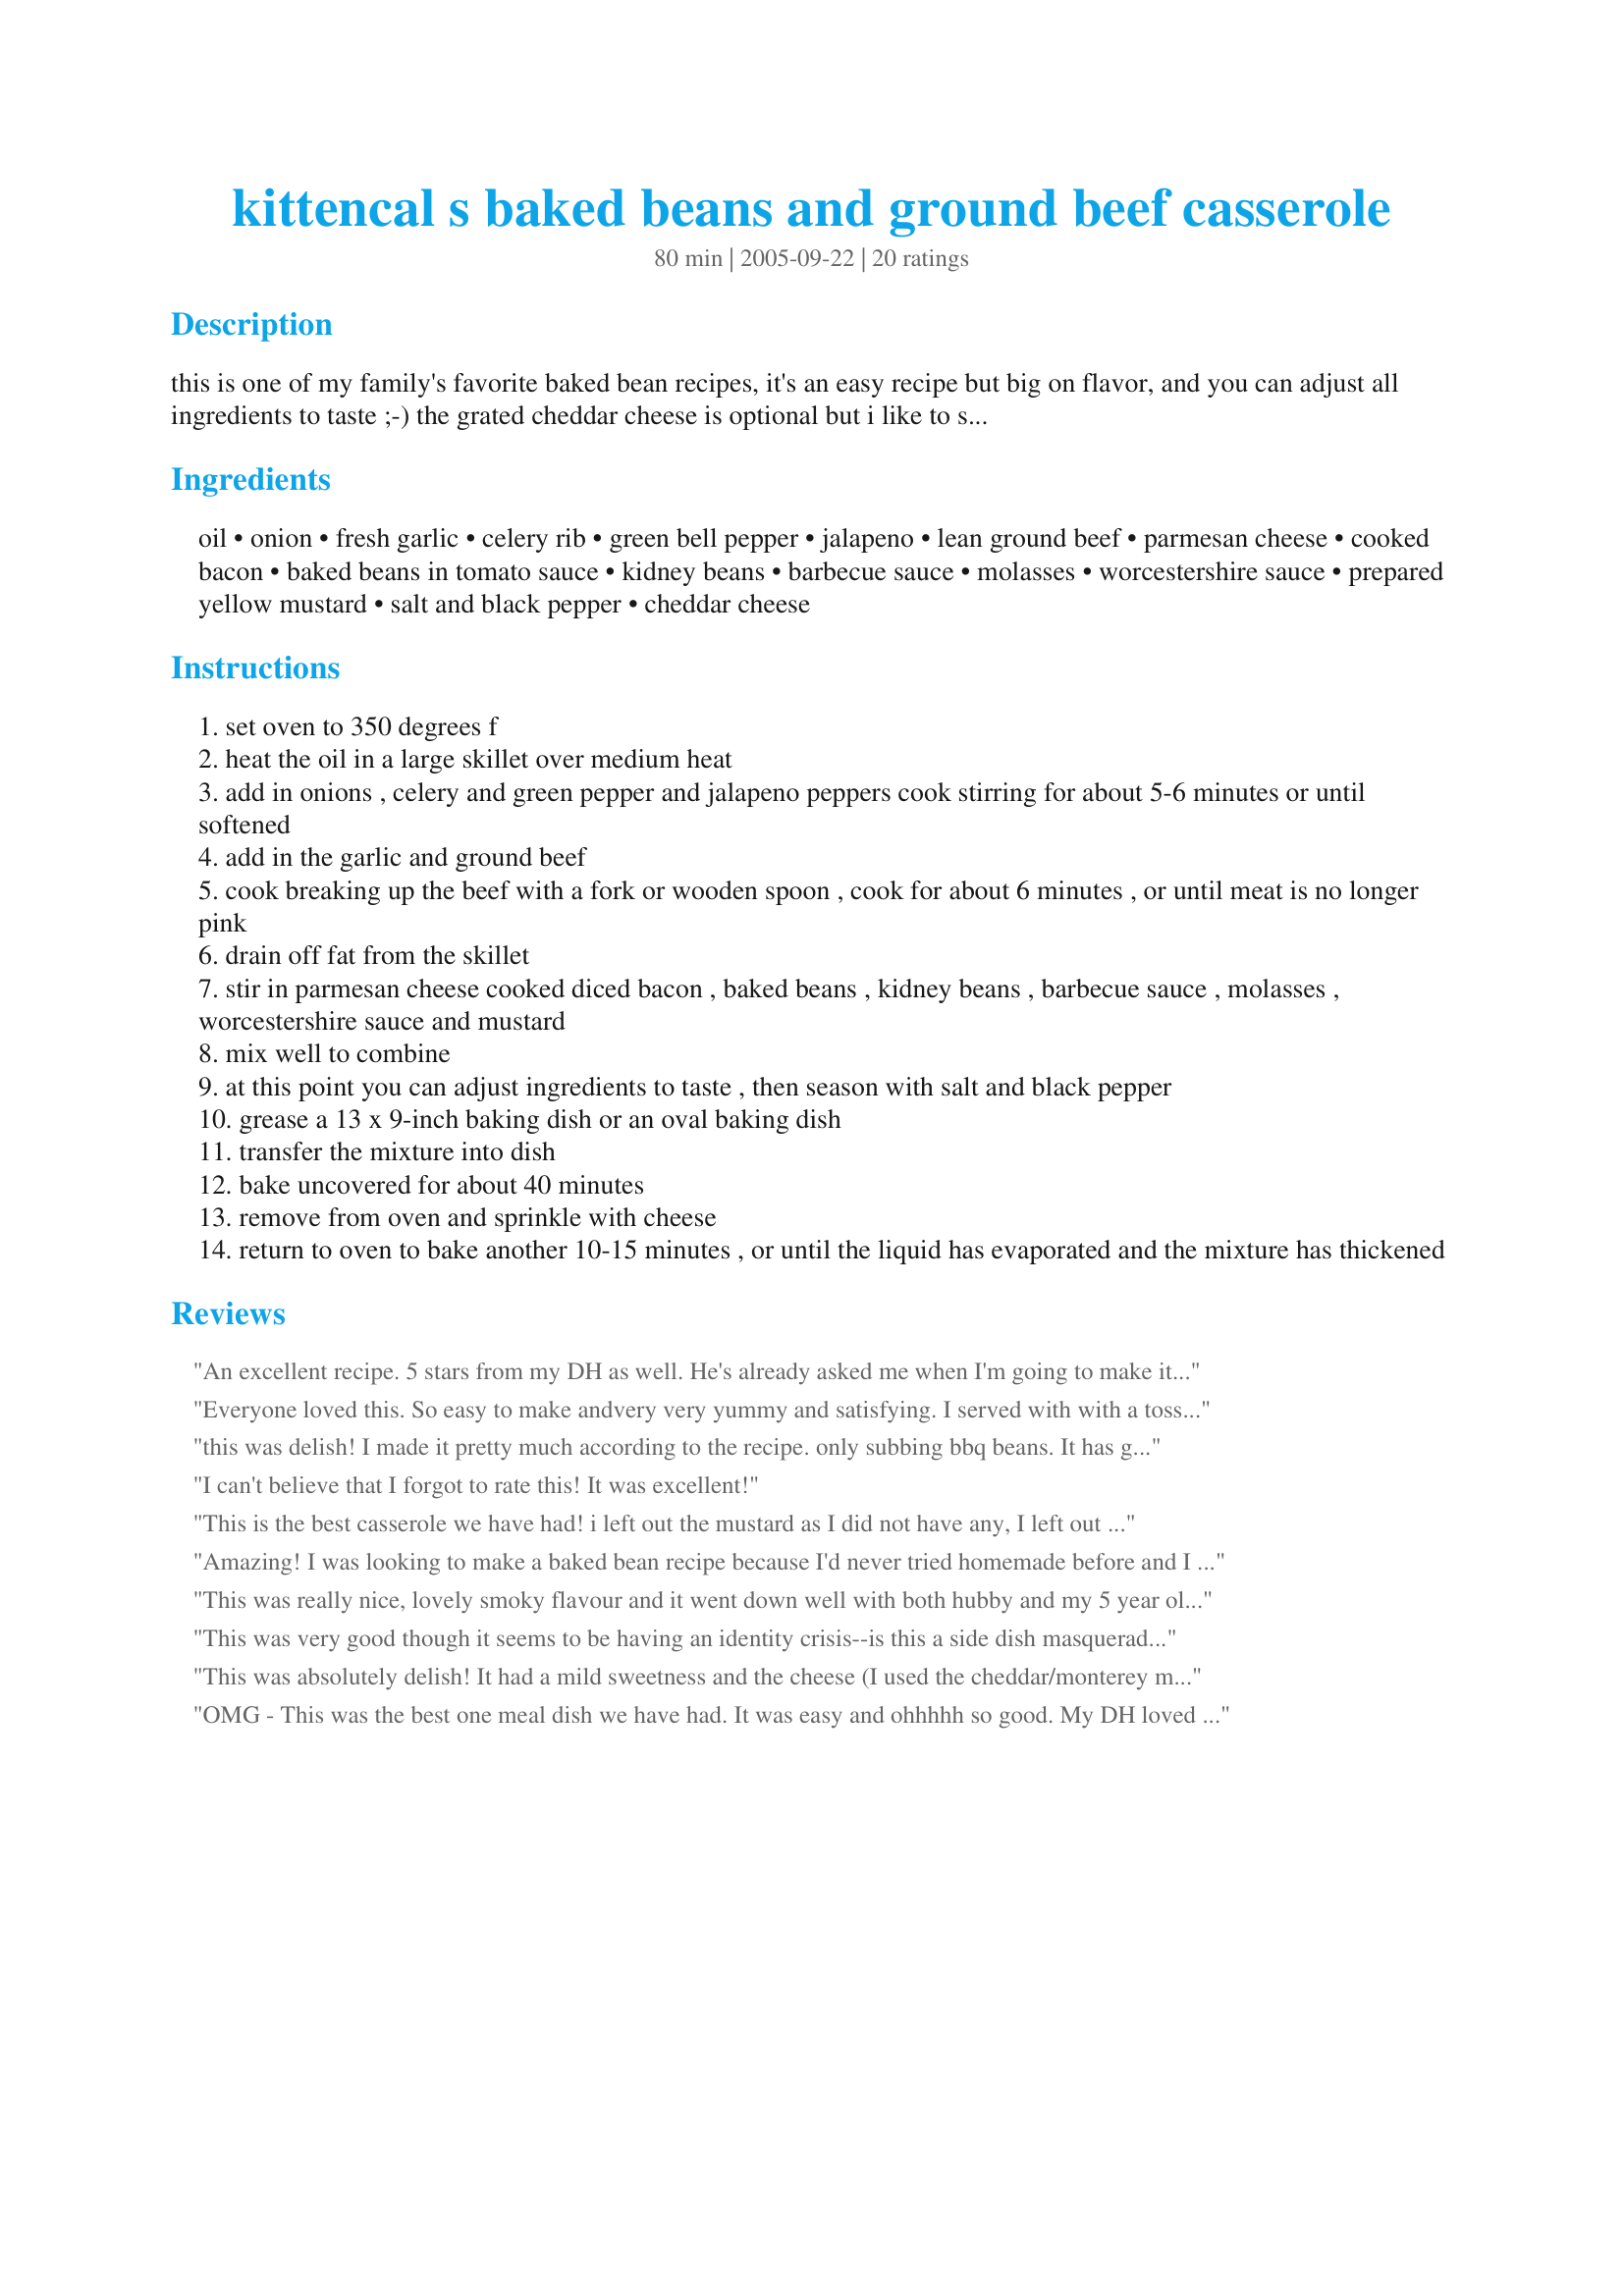
kittencal s baked beans and ground beef casserole
Preparation time: 80 minutes

this is one of my family's favorite baked bean recipes, it's an easy recipe but big on flavor, and you can adjust all ingredients to taste ;-) the grated cheddar cheese is optional but i like to sprinkle it on towards the end of baking. i have even added in cooked el dente macaroni pasta.

Ingredients:
oil, onion, fresh garlic, celery rib, green bell pepper, jalapeno, lean ground beef, parmesan cheese, cooked bacon, baked beans in tomato sauce, kidney beans, barbecue sauce, molasses, worcestershire sauce, prepared yellow mustard, salt and black pepper, cheddar cheese

Steps:
set oven to 350 degrees f
heat the oil in a large skillet over medium heat
add in onions , celery and green pepper and jalapeno peppers cook stirring for about 5-6 minutes or until softened
add in the garlic and ground beef
cook breaking up the beef with a fork or wooden spoon , cook for about 6 minutes , or until meat is no longer pink
drain off fat from the skillet
stir in parmesan cheese cooked diced bacon , baked beans , kidney beans , barbecue sauce , molasses , worcestershire sauce and mustard
mix well to combine
at this point you can adjust ingredients to taste , then season with salt and black pepper
grease a 13 x 9-inch baking dish or an oval baking dish
transfer the mixture into dish
bake uncovered for about 40 minutes
remove from oven and sprinkle with cheese
return to oven to bake another 10-15 minutes , or until the liquid has evaporated and the mixture has thickened

Reviews:
An excellent recipe. 5 stars from my DH as well. He's already asked me when I'm going to make it again. Thanks for a super recipe.
Everyone loved this. So easy to make andvery very yummy and satisfying. I served with with a tossed salad. Next time I think I will opt for a single steamed veggie like green beans or broccoli. I left out the bell pepper, jalapeno and the celery as we arn't big fans of them. Also left out the parmesan cheese. I used a package of pre-cooked bacon and just diced it straight out of the package. I also used cannellini beans, which are also called white kidney beans. for the red. I also used Bush baked beans 'cause I couldn't find any in tomato sauce and used a very large can. I used a 4 cheese mexican mix and didn't mix any in, just topped the casserole with it. I'll be making this again. Thanks for posting.
this was delish! I made it pretty much according to the recipe. only subbing bbq beans. It has great flavor. My family said it was chili, which it kinda is but sweet chili. It seems that it is meant to go over something or on top. Like a potato or noodles. IMO, not a stand alone main course. I served with corn bread.
I can't believe that I forgot to rate this! It was excellent!
This is the best casserole we have had! i left out the mustard as I did not have any, I left out the hot pepper also, and I used all cheddar cheese for this casserole, WOW WOW this is way too good! thanks Kitty!
Amazing! I was looking to make a baked bean recipe because I'd never tried homemade before and I came across this and if it hadnt been Kittencal's recipe I probly wouldnt have tried it. So delicous everybody loved it. The changes I made were leaving out the capsicums (bell peppers) and jalapeno's. Added more garlic and extra mince. Served it on wraps with lettuce and sour cream. One tip for people looking for a litle bit of a healtier recipe it would'nt make a difference if you skipped the cheddar cheese on top TY Kittencal
This was really nice, lovely smoky flavour and it went down well with both hubby and my 5 year old. Thanks for posting!
This was very good though it seems to be having an identity crisis--is this a side dish masquerading as a main or vice versa? I figured anything with this much meat must be a main dish, so I served it with cornbread and fruit salad. It was good enough that DH said it tasted like "it had to be bad for you"--a telltale sign that something's pretty yummy. :) Will definitely make again, probably leaving out the yellow mustard. I opted for dried versions of the garlic and onion to save time, left out green pepper and celery. Very tasty and easy.
This was absolutely delish! It had a mild sweetness and the cheese (I used the cheddar/monterey mix) brought all the flavors together. I used garlic and onion powder, no jalapeno and subbed the kidney beans for another can of baked beans. I left out the molasses and worcestershire sauce, too. My husband ate this every day, twice a day until it was gone!!
OMG - This was the best one meal dish we have had. It was easy and ohhhhh so good. My DH loved this. The only change I made: I peeled and cubed about 4 medium sized potatoes, boiled them till they were almost done (Just on the verge of tenderness) and then added them to the casserole prior to putting in the oven. Kittencal, you have some really great recipes for people like me who don't like spending a lot of time in the kitchen. Thank you, Thank you, Thank you. This is most certainly going into my "Will have again" cookbook.
Fast. Easy. AWESOME!!! Just use your imagination if you don't have all of the ingredients! You cannot go wrong!!! Thank you Kittencalskitchen!!! Wanda
ok ... i know the meal have potential but im just gonna give it a 3 star for now because it was to sweet .. now .. it is propably because i use a diana sweet bbq sauce ... i will try it again with another sauce and will rate again
This reminded me of picnic food that other people bring and I wonder how they came up with the idea. Very comforting! i halved the recipe and it came out fine... halved the molasses and went for full heat with the peppers! Thanks Kitten!
This is one of those old-fashioned dishes that brings picnics of days past to mind with one taste. For that alone, I love it. I made it with ground turkey instead of beef, which worked out fine. Next time, I'll cut the barbecue sauce just a bit so there's less liquid. I put cheese on top, but it's really not necessary. I'm sure this would be great without it.
I don't want to rate this just make comments. Maybe I am just not a casserole kinda gal. I made this last night, as I wanted someting I could make ahead of time, since we had guests. Everyone enjoyed this (truly), except myself and my daughter. I found it to be way to sweet for my taste. I think in the future, if I make again, I would skip the molasses, add more onion and green pepper, salt and fresh ground pepper, maybe even a can of stewed tomatoes. I did add the macaroni, that was good.
What a surprise! I didn't have this high an expectation as I was preparing this. However, this is not just good, it's great! Definitely on my top ten list of best casseroles. The only thing different I did was I added two cans of sliced potatoes and I used black beans instead of kidney beans. I did add the cheese at the end. Tje [ptatpes were a great addition. It turned out excellent. I definitely recommend this to anyone. It's very easy and so scrumptious!
As always Kittencalskitchen came through.. My daughter said "wow mommy this is great" I did adjust to my tastes and added red wine to get the last of the sweet babby rays bbq sauce out of the bottle I also used a 28oz can of bushes beans with brown sugar and bacon and used a 15oz can of carribean black beans and a can of drained corn, schallots for my onion... it was even great the next day.. I always know I can count on the recipes from kitten...
Great recipe. I made some substitution but it turned out great. I got interupted pre-making this for dinner and didn't start it again until less than an hour before we should be sitting down to eat. I had already chopped all of the veggies. I left the bacon out (the interuption involved bacon left on stove top while I dealt with kids and it burned). I then used 28 ounce can of Bush's baked beans traditional style instead of 16 can and then I left out kidney beans. Other than that, I mixed 2 kinds of barbecue sauce (left over 1/2 inch in bottom of each bottle) to get a little less than 1 cup. It was great. My husband told me his mom used to make something similar (one of his favorites) with canned biscuits on top, but they were always a little soggy. I cooked cheddar garlic drop biscuits on the side and it was a great, but heavy/filling dinner. Tastes great the next day, too. Thanks again for another great recipe!
I've made this three times now and it has come out perfect every time! I omitted the jalapeno, bacon and molasses and used Bush's baked beans since I couldn't find any in tomato sauce and the flavor was fantastic! Thanks for posting!
This is very tasty, easy and fast. I didn't add the jalapeno as some don't care for it but it was still good. My son wasn't crazy about it so I only gave it a 4 star rating.
